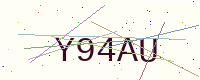
Text: Y94AU